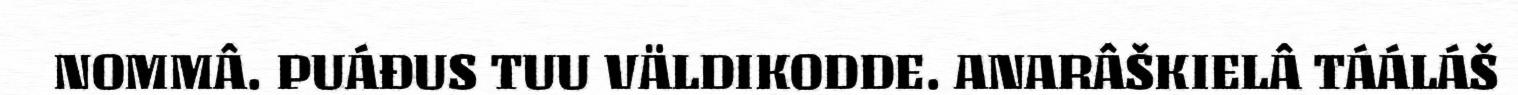
NOMMÂ. PUÁĐUS TUU VÄLDIKODDE. ANARÂŠKIELÂ TÁÁLÁŠ